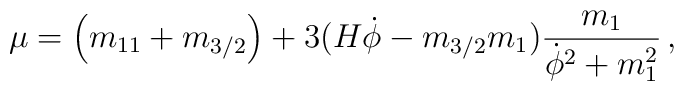
\mu =\left(m_{11}+m_{3/2}\right)  +3(H\dot \phi - m_{3/2}m_1)\frac{m_1}{\dot \phi ^2 +m_1^2}\,,